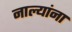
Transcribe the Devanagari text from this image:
नाल्यांना